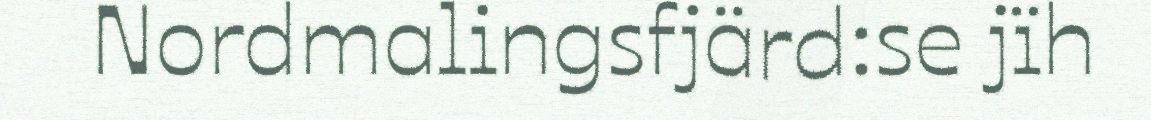
Nordmalingsfjärd:se jïh